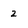
Character: 2